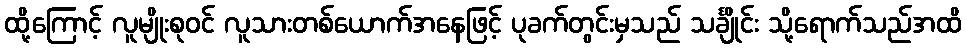
ထို့ကြောင့် လူမျိုးစုဝင် လူသားတစ်ယောက်အနေဖြင့် ပုခက်တွင်းမှသည် သင်္ချိုင်း သို့ရောက်သည်အထိ